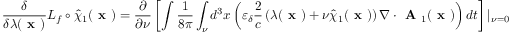
\frac { \delta } { \delta \lambda ( \textbf { x } ) } { \cal L } _ { f } \circ \hat { \chi } _ { 1 } ( \textbf { x } ) = \frac { \partial } { \partial \nu } \left[ \intop \frac { 1 } { 8 \pi } \int _ { \nu } d ^ { 3 } x \left( \varepsilon _ { \delta } \frac { 2 } { c } \left( \lambda ( \textbf { x } ) + \nu \hat { \chi } _ { 1 } ( \textbf { x } ) \right) \nabla \boldsymbol { \cdot } \textbf { A } _ { 1 } ( \textbf { x } ) \right) d t \right] | _ { \nu = 0 }